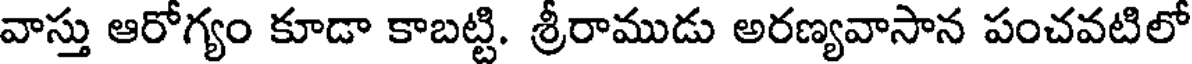
వాస్తు ఆరోగ్యం కూడా కాబట్టి. శ్రీరాముడు అరణ్యవాసాన పంచవటిలో